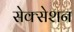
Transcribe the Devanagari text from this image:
सेक्सेशन